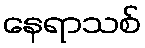
နေရာသစ်